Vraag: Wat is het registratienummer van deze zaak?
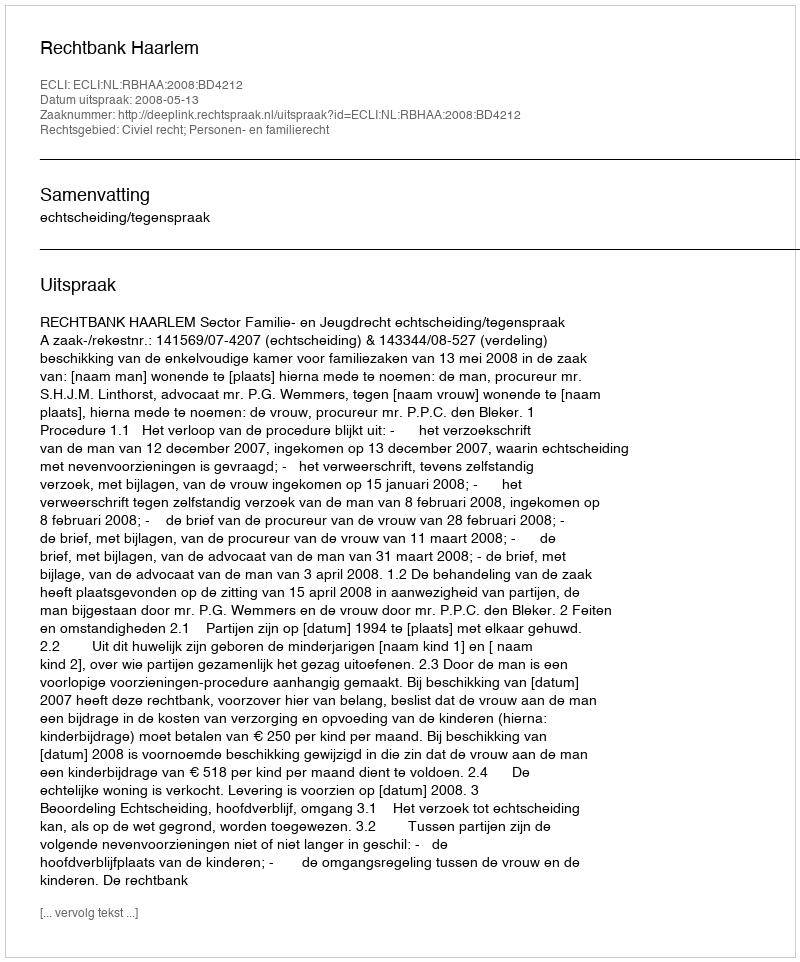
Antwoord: http://deeplink.rechtspraak.nl/uitspraak?id=ECLI:NL:RBHAA:2008:BD4212